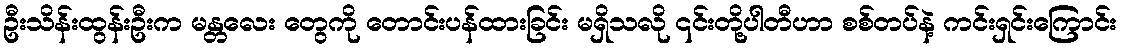
ဦးသိန်းထွန်းဦးက မန္တလေး တွေကို တောင်းပန်ထားခြင်း မရှိသလို ၎င်းတို့ပါတီဟာ စစ်တပ်နဲ့ ကင်းရှင်းကြောင်း